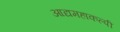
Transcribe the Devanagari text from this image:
आद्यमहाकल्पी